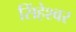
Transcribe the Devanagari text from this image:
सिंहेश्वर